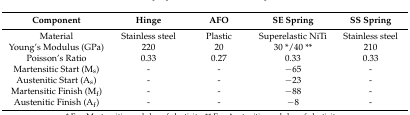
<table><thead><tr><td><b>Component</b></td><td><b>Hinge</b></td><td><b>AFO</b></td><td><b>SE Spring</b></td><td><b>SS Spring</b></td></tr></thead><tbody><tr><td>Material</td><td>Stainless steel</td><td>Plastic</td><td>Superelastic NiTi</td><td>Stainless steel</td></tr><tr><td>Young’s Modulus (GPa)</td><td>220</td><td>20</td><td>30 */40 **</td><td>210</td></tr><tr><td>Poisson’s Ratio</td><td>0.33</td><td>0.27</td><td>0.33</td><td>0.33</td></tr><tr><td>Martensitic Start (M<sub>s</sub>)</td><td>-</td><td>-</td><td>−65</td><td>-</td></tr><tr><td>Austenitic Start (A<sub>s</sub>)</td><td>-</td><td>-</td><td>−23</td><td>-</td></tr><tr><td>Martensitic Finish (M<sub>f</sub>)</td><td>-</td><td>-</td><td>−88</td><td>-</td></tr><tr><td>Austenitic Finish (A<sub>f</sub>)</td><td>-</td><td>-</td><td>−8</td><td>-</td></tr></tbody></table>